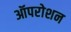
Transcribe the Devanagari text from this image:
ऑपरोशन